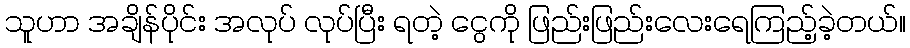
သူဟာ အချိန်ပိုင်း အလုပ် လုပ်ပြီး ရတဲ့ ငွေကို ဖြည်းဖြည်းလေးရေကြည့်ခဲ့တယ်။